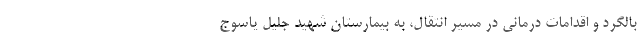
بالگرد و اقدامات درمانی در مسیر انتقال، به بیمارستان شهید جلیل یاسوج